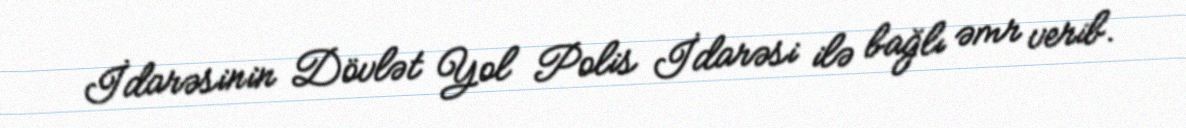
İdarəsinin Dövlət Yol Polis İdarəsi ilə bağlı əmr verib.